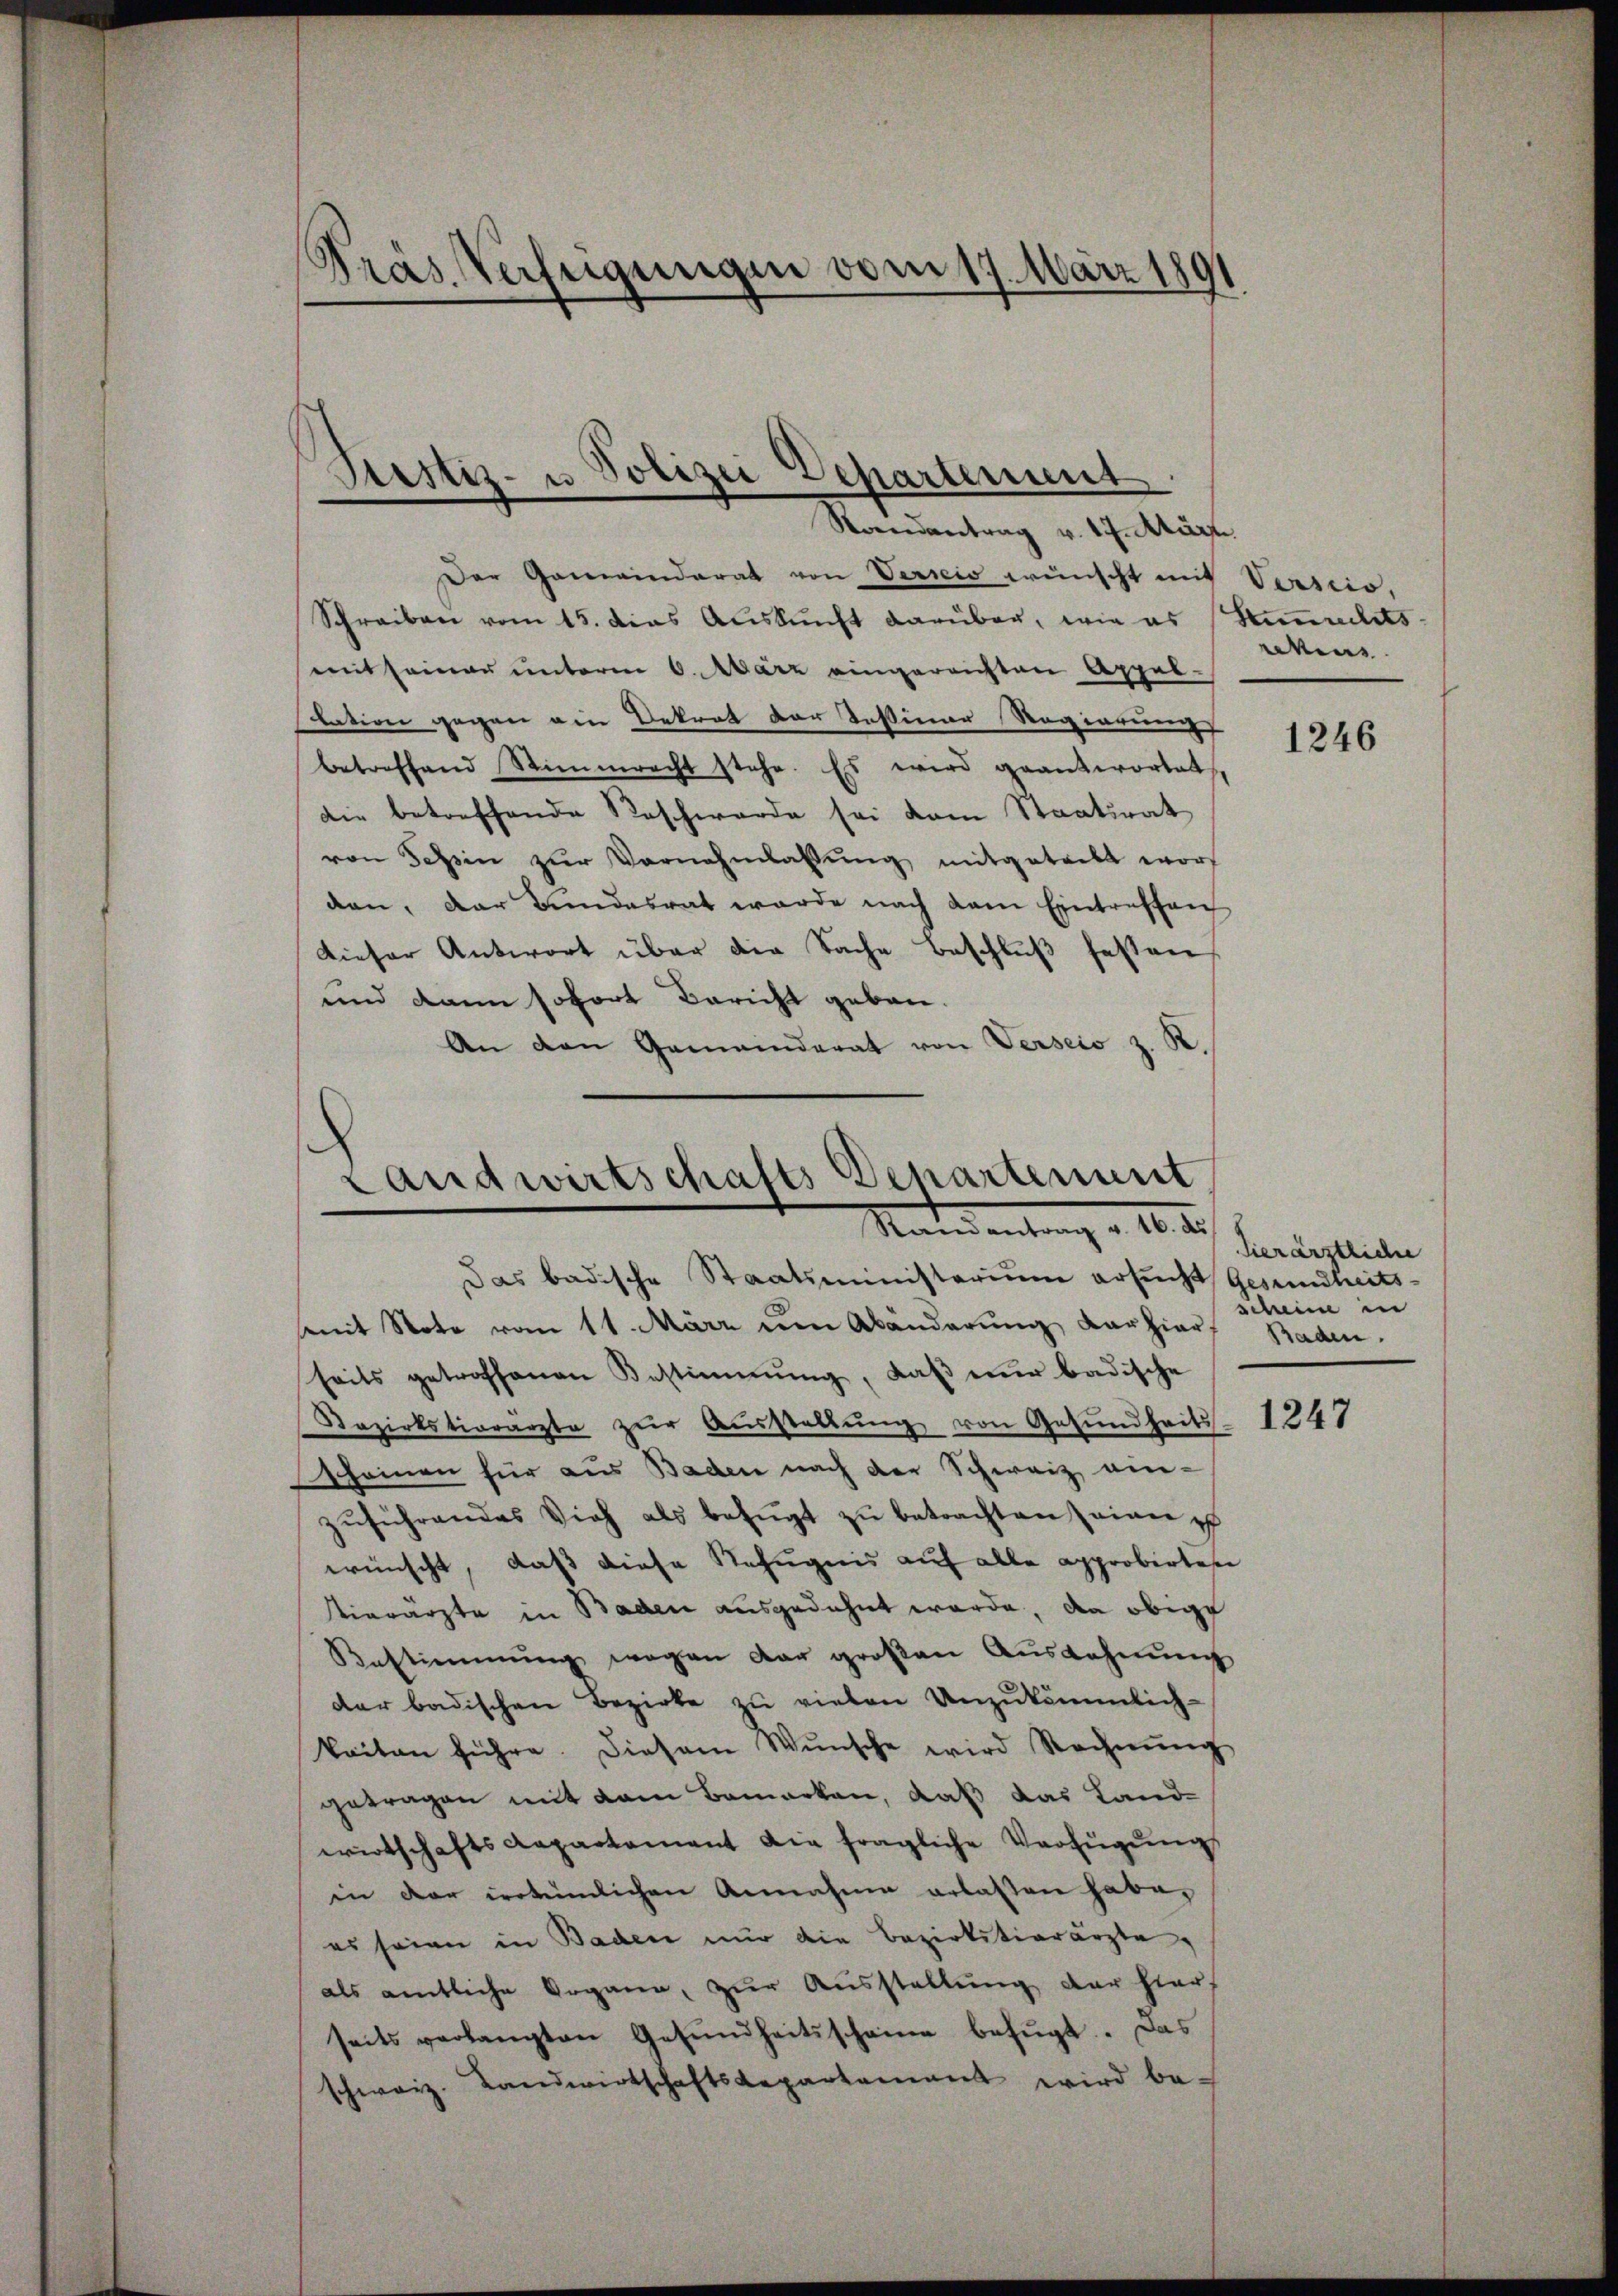
Präs. Verfügungen vom 17. März 1891

Restiz- u Polizei Departement
Randantrag v. 17. Märzte.

Der Gemeinderat von Versio wünscht mit Verscio,
Schreiben vom 15. das Aŭskŭnft darüber, wie es Similits
mit seiner unterm 6. März eingereichten Appel-
Nation gegen ein Dekret der Instimer Regierung
betreffend Stimmrecht stehe. Es wird geantwortet
die betreffende Beschwerde sei dem Staatsrat
von Tessin zŭr Vornehmlassŭng mitgetrett worf
dan, der Bundesrat werde nach dem Eintreffen
dieser Antwort über die Sache Beschluß festen
und dann sofort Bericht geben.
An den Gemeinderat von Verseis z. R.

Landwirtschafts Departement
Mandantung v. 10.

Das badische Staatsministerium ersucht Gesundheits-
mit Note vom 11. März um Abänderŭng Karziarf Baden.
seits getroffenen Bestimmung, daß nur badische
Bezirkstierärzte zŭr Aŭsstellŭng von Gesundheits 1248
scheinen für aus Baden nach der Schweiz ein-
zŭführendes Vieh als befügt zu betrachten einer e
wünscht, daß diese Befugnis auf alle approbirten
ierärzte in Baden ausgedehnt werde, da obige
Bestimmung wegen dar großen Aŭszahnŭng
der badischen Bezirke zu vielen Unzukömmlich-
keiten führe. Diesem Wunsche wird Rechnŭng
getragen mit dem Bemerken, daß das Land-
wirtschafts Repartament die fragliche Verfügŭng
in der irrtümlichen Annahme erlassen habe,
es seien in Baden nur die Bezirkstierärzte,
als amtliche Organe, zur Ausstellung der hier
seits verlangten Gesŭndheitsscheine befŭgt. Das
schweiz. Landwirtschaftsdepartement wird be-

kens

1246

Vierärztliche
scheine in